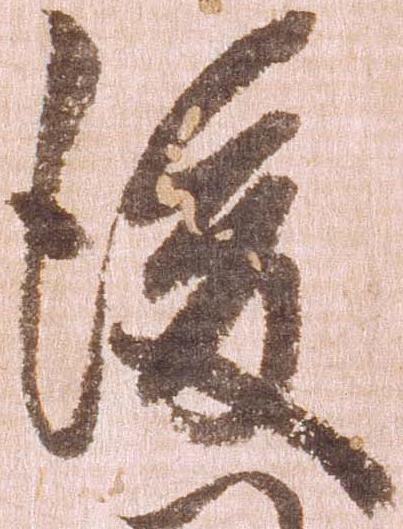
後